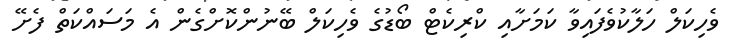
ވެހިކަލް ހަލާކުވެފައިވާ ކަމަށާއި ކްރިކެޓް ބޯޑުގެ ވެހިކަލް ބޭނުންކޮށްގެން އެ މަސައްކަތް ފެށޭ